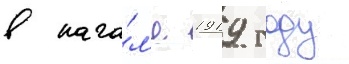
в нача́л'е 1919 году